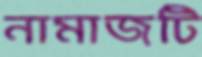
নামাজটি